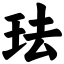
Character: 珐